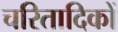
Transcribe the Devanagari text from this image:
चरितादिकों